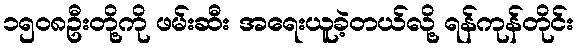
၁၅၀၈ဦးတို့ကို ဖမ်းဆီး အရေးယူခဲ့တယ်လို့ ရန်ကုန်တိုင်း